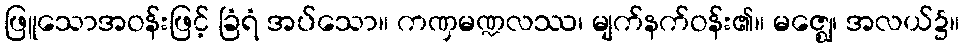
ဖြူသောအဝန်းဖြင့် ခြံရံ အပ်သော။ ကဏှမဏ္ဍလဿ၊ မျက်နက်ဝန်း၏။ မဇ္ဈေ၊ အလယ်၌။